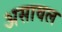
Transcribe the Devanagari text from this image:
असावल